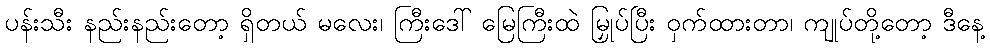
ပန်းသီး နည်းနည်းတော့ ရှိတယ် မလေး၊ ကြီးဒေါ် မြေကြီးထဲ မြှုပ်ပြီး ဝှက်ထားတာ၊ ကျုပ်တို့တော့ ဒီနေ့